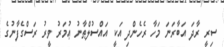
ސިރީ ރާދަ އަބާރަނަ މަހާ ރެހެންދި އަކީ އައްސުލްޠާނު ޢުމަރު ވީރު ރަސްގެފާނުގެ